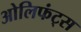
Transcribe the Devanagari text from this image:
ओलिफंट्स